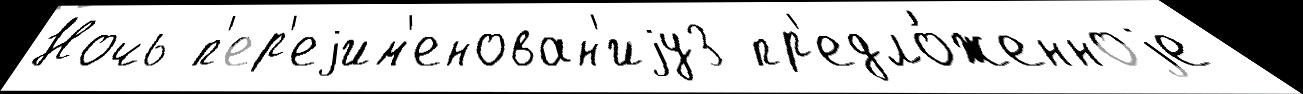
Ночь п'ер'еjим'енован'иjу3 пр'едло́женноjе